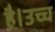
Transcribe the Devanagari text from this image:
है।उच्च